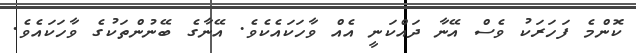
ކޮންމެ ފަހަރަކު ވެސް އޭނާ ދައްކަނީ އެއް ވާހަކައެކެވެ. އޭނާގެ ބޭނުންތަކުގެ ވާހަކައެވެ.